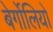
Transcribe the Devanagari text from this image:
बेर्गोलियो